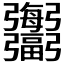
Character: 𢑍